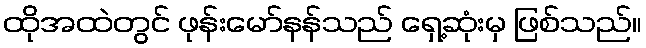
ထိုအထဲတွင် ဖုန်းမော်နန်သည် ရှေ့ဆုံးမှ ဖြစ်သည်။